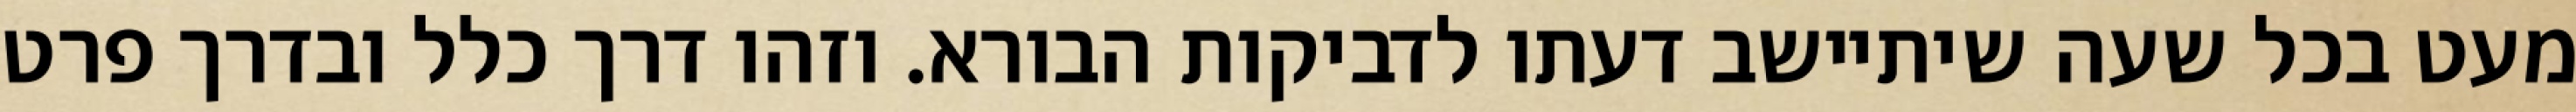
מעט בכל שעה שיתיישב דעתו לדביקות הבורא. וזהו דרך כלל ובדרך פרט